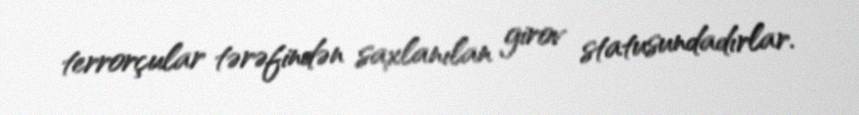
terrorçular tərəfindən saxlanılan girov statusundadırlar.